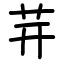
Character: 茾